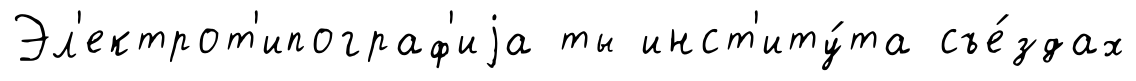
Эл'ектрот'ипограф'иjа ты инст'иту́та съе́здах